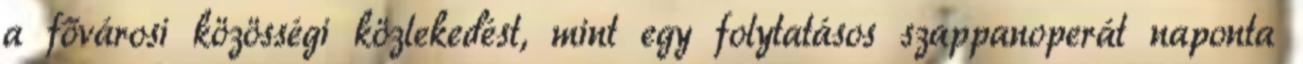
a fővárosi közösségi közlekedést, mint egy folytatásos szappanoperát naponta